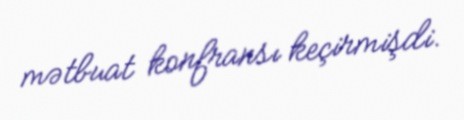
mətbuat konfransı keçirmişdi.